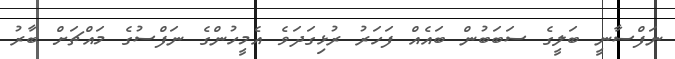
ނަފްސާނީ ބަލީގެ ސަބަބުން ބައެއް ފަހަރު ރުޅިގަދަވެ އެމީހުންގެ ނަފްސުގެ މައްޗަށް ބާރު